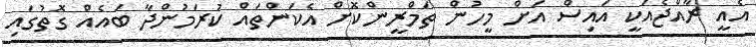
އެއީ ރާއްޖެއަކީ އައިސް އަށް މީހުން ތަމްރީންކޮށް އެކަންތައް ކުރަމުންދާ ބައެއް ގޮތުގައި